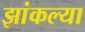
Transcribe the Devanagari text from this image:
झांकल्या